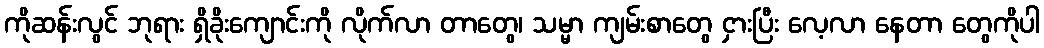
ကိုဆန်းလွင် ဘုရား ရှိခိုးကျောင်းကို လိုက်လာ တာတွေ၊ သမ္မာ ကျမ်းစာတွေ ငှားပြီး လေ့လာ နေတာ တွေကိုပါ